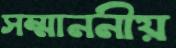
সম্মাননীয়